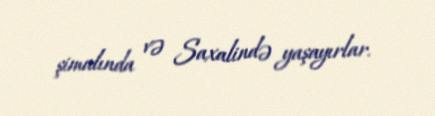
şimalında və Saxalində yaşayırlar.